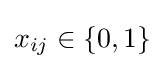
x_{ij}\in \left\{0,1\right\}